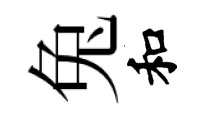
兔和